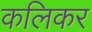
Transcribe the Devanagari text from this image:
कलिकर